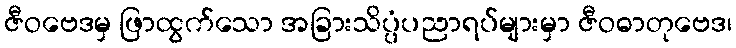
ဇီဝဗေဒမှ ဖြာထွက်သော အခြားသိပ္ပံပညာရပ်များမှာ ဇီဝဓာတုဗေဒ၊